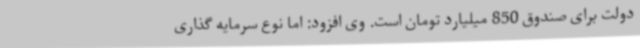
دولت برای صندوق 850 میلیارد تومان است. وی افزود: اما نوع سرمایه گذاری